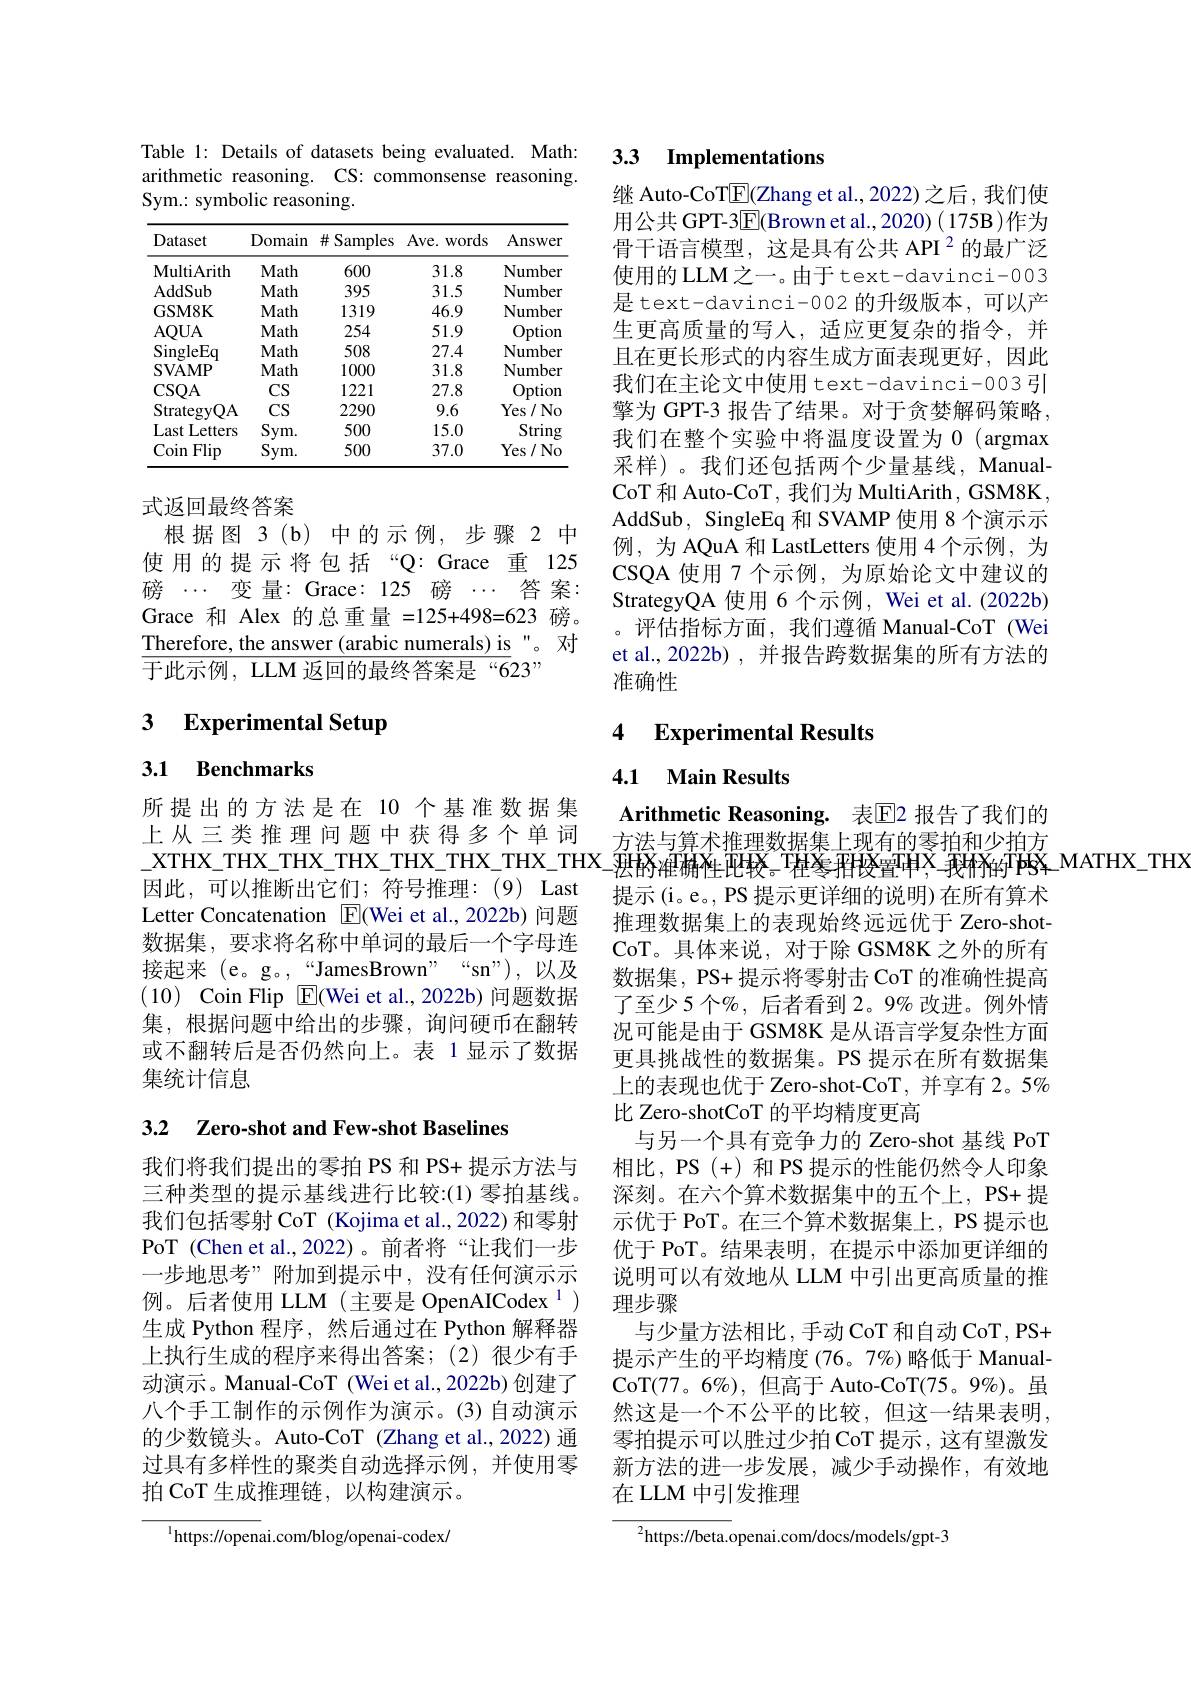
Table 1: Details of datasets being evaluated. Math: arithmetic reasoning. CS: commonsense reasoning. Sym.: symbolic reasoning.

<table>
	<tbody>
		<tr>
			<th>Dataset</th>
			<th>Domain</th>
			<th>$\#$Samples</th>
			<th>$Ave.$ words </th>
			<th>Answer</th>
		</tr>
		<tr>
			<td>MultiArith</td>
			<td>Math</td>
			<td>600</td>
			<td>31.8</td>
			<td>Number</td>
		</tr>
		<tr>
			<td>AddSub</td>
			<td>Math</td>
			<td>395</td>
			<td>31.5</td>
			<td>Number</td>
		</tr>
		<tr>
			<td>GSM8K</td>
			<td>Math</td>
			<td>1319</td>
			<td>46.9</td>
			<td>Number</td>
		</tr>
		<tr>
			<td>AOUA</td>
			<td>Math</td>
			<td>254</td>
			<td>51.9</td>
			<td>Option</td>
		</tr>
		<tr>
			<td>$\operatorname{SingleEq}$</td>
			<td>Math</td>
			<td>508</td>
			<td>27.4</td>
			<td>Number</td>
		</tr>
		<tr>
			<td>$\mathbf{SVAMP}$</td>
			<td>Math</td>
			<td>1000</td>
			<td>31.8</td>
			<td>Number</td>
		</tr>
		<tr>
			<td>CSOA</td>
			<td>CS</td>
			<td>1221</td>
			<td>27.8</td>
			<td>Option</td>
		</tr>
		<tr>
			<td>Strategy $OA$</td>
			<td>$CS$</td>
			<td>2290</td>
			<td>9.6</td>
			<td>$\operatorname{Yes}/\operatorname{No}$</td>
		</tr>
		<tr>
			<td>Last Letters</td>
			<td>$Sym.$</td>
			<td>500</td>
			<td>15.0</td>
			<td>Strin</td>
		</tr>
		<tr>
			<td>Coin Flip</td>
			<td>$Sym.$</td>
			<td>500</td>
			<td>37.0</td>
			<td>Yes/ No</td>
		</tr>
	</tbody>
</table>

式返回最终答案
根据图 3(b)中的示例，步骤 2 中使用的提示将包括“Q:Grace 重 125磅$\cdots$变量：Grace:125磅$\cdots$答案： Grace 和 Alex 的总重量 =125+498=623 磅。Therefore, the answer (arabic numerals) is"。对$\overline{\text{于此示例，LLM 返回的最终答案是“6}}$23”

## 3 $\textbf{Experimental Setup}$

## 3.1 Benchmarks

所提出的方法是在 10 个基准数据集上从三类推理问题中获得多个单词$XTHX\_THX\_THX\_THX\_THX\_THX\_THX\_THX\_THX\_THX\_THX\_THX\_THX_-$因的准确性现较。TH类者的数量中X，我材的TBS-MATHX-THX
因此，可以推断出它们；符号推理：(9) Last Letter Concatenation $\boxed{\mathrm{F}}($Wei et al.,2022b)问题数据集，要求将名称中单词的最后一个字母连接起来 (e。g。,“JamesBrown”“sn”),以及(10) Coin Flip E(Wei et al., 2022b) 问题数据集，根据问题中给出的步骤，询问硬币在翻转或不翻转后是否仍然向上。表 1显示了数据集统计信息

## 3.2 Zero-shot and Few-shot Baselines

我们将我们提出的零拍 PS 和 PS+ 提示方法与三种类型的提示基线进行比较：(1) 零拍基线我们包括零射 CoT (Kojima et al.,2022) 和零射PoT (Chen et al.,2022)。前者将“让我们一步一步地思考”附加到提示中，没有任何演示示例。后者使用 LLM(主要是 OpenAICodex$^{1})$ 生成 Python 程序，然后通过在 Python 解释器上执行生成的程序来得出答案；(2)很少有手动演示。Manual-CoT (Wei et al.,2022b) 创建了八个手工制作的示例作为演示。(3)自动演示的少数镜头。Auto-CoT (Zhang et al., 2022) 通过具有多样性的聚类自动选择示例，并使用零拍 CoT 生成推理链，以构建演示。

$^{1}$https://openai.com/blog/openai-codex/

# 3.3 Implementations

继 Auto-CoTE(Zhang et al., 2022) 之后 , 我们使用公共 GPT-3$\underline{\mathrm{E}}($Brown et al.,2020)(175B)作为骨干语言模型，这是具有公共 API $^2$的最广泛使用的 LLM之一。由于 text-davinci-003是 text-davinci-002 的升级版本，可以产生更高质量的写人，适应更复杂的指令，并且在更长形式的内容生成方面表现更好，因此我们在主论文中使用 text-davinci-003引擎为 GPT-3 报告了结果。对于贪婪解码策略， 我们在整个实验中将温度设置为 0 (argmax 采样)。我们还包括两个少量基线，ManualCoT 和 Auto-CoT , 我们为 MultiArith , GSM8K , AddSub, SingleEq 和 SVAMP 使用 8 个演示示例，为 AQuA 和 LastLetters 使用 4 个示例，为CSQA 使用 7 个示例，为原始论文中建议的StrategyQA 使用 6 个示例，Wei et al. (2022b) 。评估指标方面，我们遵循 Manual-CoT (Wei et al., 2022b) , 并报告跨数据集的所有方法的准确性

## 4 Experimental Results

### 4.1 Main Results

Arithmetic Reasoning. 表$\mathbb{E}$2 报告了我们的方法与算术推理数据集上现有的零拍和少拍方提示(i。e。, PS 提示更详细的说明) 在所有算术推理数据集上的表现始终远远优于 Zero-shotCoT。具体来说，对于除 GSM8K 之外的所有数据集，PS+ 提示将零射击 CoT 的准确性提高了至少 5 个$\%$, 后者看到 2。9% 改进。例外情况可能是由于 GSM8K 是从语言学复杂性方面更具挑战性的数据集。PS 提示在所有数据集上的表现也优于 Zero-shot-CoT,并享有 2。5% 比 Zero-shotCoT 的平均精度更高
与另一个具有竞争力的 Zero-shot 基线 PoT 相比，PS (+)和 PS 提示的性能仍然令人印象深刻。在六个算术数据集中的五个上，PS+ 提示优于 PoT。在三个算术数据集上，PS 提示也优于 PoT。结果表明，在提示中添加更详细的说明可以有效地从 LLM 中引出更高质量的推理步骤
与少量方法相比，手动 CoT 和自动 CoT , PS+ 提示产生的平均精度 (76。7%)略低于 ManualCoT(77。6%),但高于 Auto-CoT(75。9%)。虽然这是一个不公平的比较，但这一结果表明， 零拍提示可以胜过少拍 CoT 提示 , 这有望激发新方法的进一步发展，减少手动操作，有效地在 LLM 中引发推理

${{^{2}}\mathrm{https://beta.o}}$penai.com/docs/models/gpt-3